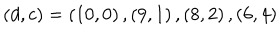
\left( d , c \right) = \left( 1 0 , 0 \right) , \left( 9 , 1 \right) , \left( 8 , 2 \right) , \left( 6 , 4 \right)